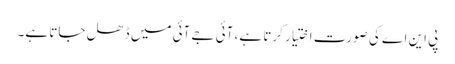
پی این اے کی صورت اختیار کرتا ہے، آئی جے آئی میں ڈھل جاتا ہے۔